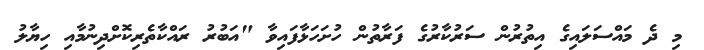
މި ދެ މައްސަލައިގެ އިތުރުން ސަރުކާރުގެ ފަރާތުން ހުށަހަޅާފައިވާ "އަބުރު ރައްކާތެރިކޮށްދިނުމާއި ހިޔާލު